Annual report on the working of the lock hospitals in the Central Provinces
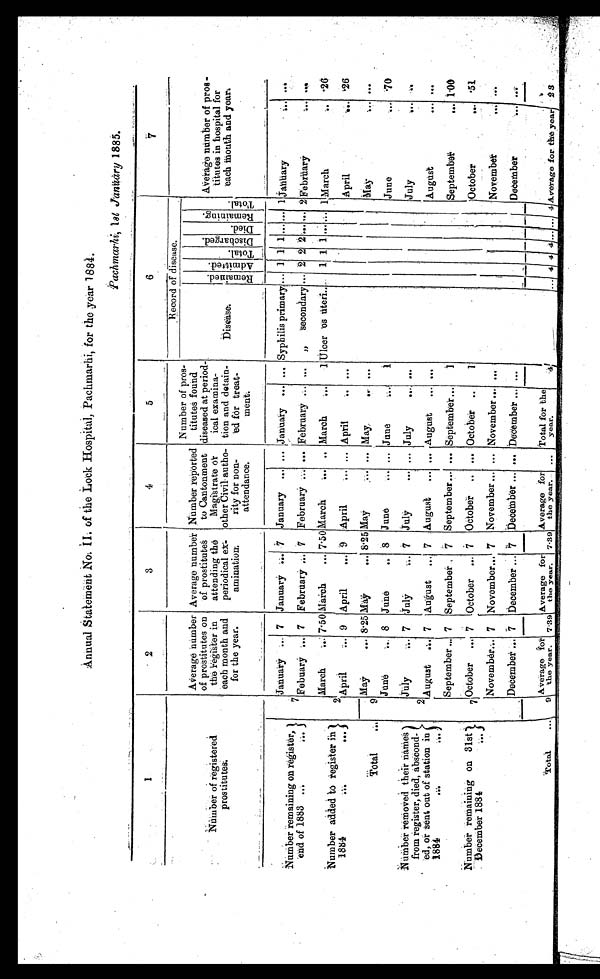
Annual Statement No.II. of the Lock Hospital, Pachmarhi, for the year 1884.
1
2
3
4
5
6 7
Number of registered
prostitutes.
Average number
of prostitutes on
the register in
each month and
for the year.
Average number
of prostitutes
attending the
periodical
ex- amination.
Number reported
to Cantonment
Magistrate or
other Civil autho-
rity for non-
attendance.
Number of pros-
titutes found
diseased at period-
ical examina-
tion and detain-
ed for treat-
ment.
Record of disease.
Average number of pros-
titutes in hospital for
each mouth and year.
Disease.
R e m a i n e d . A d m i t t e d . T o t a l .
Di schar ged.
D i e d .
R e m a i n i n g .
T o t a l .
Number remaining on register
, end of 1883 ...
...•
January ... 7 January .. . 7 January ... ... January ... ... Syphilis primary ... 1 1 1 ... ... 1 January
. . .
. . .
7 Febuary ... 7 February ... 7 February ... ... February ... ... „ secondary ... 2 2 2 ... ... 2 February
. . . . . .
March
... 7·50 March
... 7·50 March
... ... March
... 1 Ulcer os uteri..
1 1 1 ... ... 1 March ..
·26
N u m b e r a d d e d t o
r e g i s t e r
in . . . . . .
2 April
... 9 April
... 9 April
... ... April
.. ...
April
. . . ·26
May
... 8.25 May
... 8·25 May
... ... May...
. . .
May
. . .
. . .
Total
..
9
June
... 8 June
. . . 8 June ...
... June
...
1
June ...
·70
Number removed their names
from register, died, abscond-
ed, or sent out of station in
1884 ... ...
July
... 7 July
... 7 July
... ... July ...
. . .
J u l y . . .
...
2 August ... 7 August ... 7 August ... ... August ... ...
August
...
. . .
Number remaining on 31st D e c e m b e r 1 8 8 4 . . .
September ... 7 September 7 September... ... September ...
1
September
... 1·00
7 October
. . . 7 October ... 7 October .. ... October ..
1
October
... ·51
November... 7 November... 7 November ... ... November ... ...
November
. . . ...
December ... 7 December ... 7 December ... ... December ... ...
December ...
...
total
...
9
Average for
the year.
7·39
Average for
the year.
7·39
Average for
the year.
Total for the
year.
4
. .
. . . 4 4 4
. . .
. . . 4 Average for the year 23